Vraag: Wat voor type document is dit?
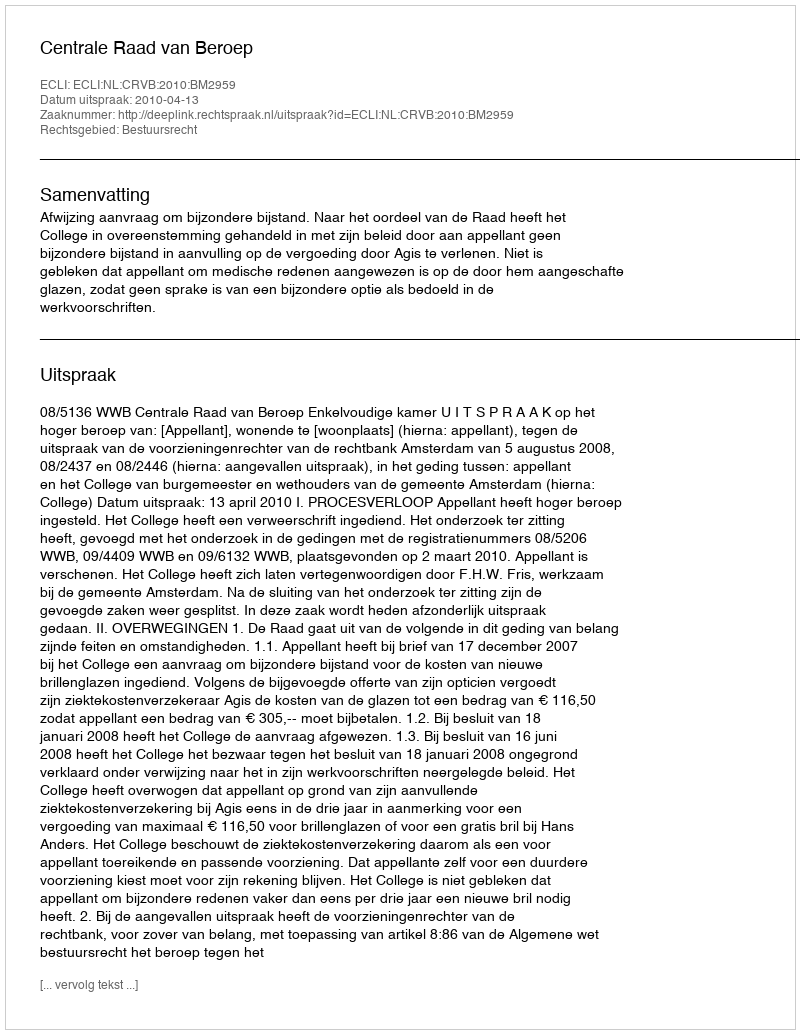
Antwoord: Uitspraak